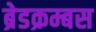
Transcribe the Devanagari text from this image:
ब्रेडक्रम्बस